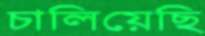
চালিয়েছি